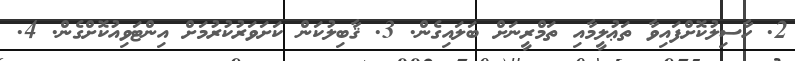
2. ހާސިލުކޮށްފައިވާ ތަޢުލީމާއި ތަމްރީނަށް ބަލައިގެން. 3. ޤާބިލުކަން ކަށަވަރުކުރުމަށް އިންޓަވިއުކޮށްގެން. 4.